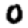
Digit: 0